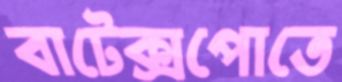
বাটেক্সপোতে